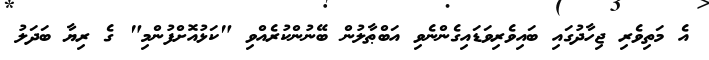
އެ މަތިވެރި ޖިހާދުގައި ބައިވެރިވަޑައިގެންނެވި އަބްޠާލުން ބޭނުންކުރެއްވި "ކަޅުއޮށްފުންމި" ގެ ރިޔާ ބަދަލު